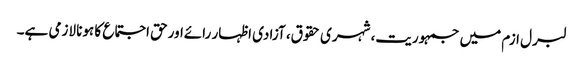
لبرل ازم میں جمہوریت، شہری حقوق، آزادی اظہار رائےاورحق اجتماع کا ہونا لازمی ہے۔